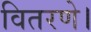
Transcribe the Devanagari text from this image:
वितरणे।